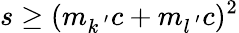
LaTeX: s\ge(m_{k^{\, ^{\prime}}}c+m_{l^{\, ^{\prime}}}c)^{2}